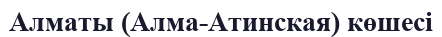
Алматы (Алма-Атинская) көшесі